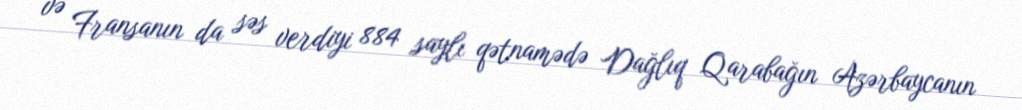
və Fransanın da səs verdiyi 884 saylı qətnamədə Dağlıq Qarabağın Azərbaycanın